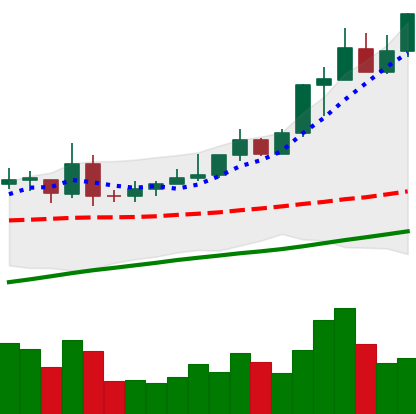
Ticker: XMR-USD
Chart end date: 2020-07-31
Forward return: 7.119%
Label: up_7plus